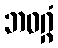
ဘဝဂ္ဂံ